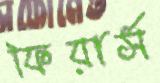
ফিয়ার্স